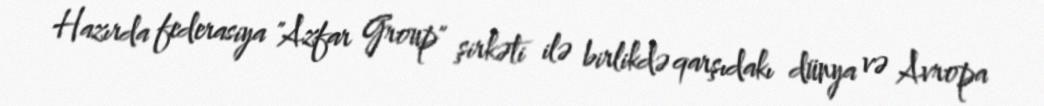
Hazırda federasiya "Azfar Group" şirkəti ilə birlikdə qarşıdakı dünya və Avropa